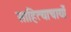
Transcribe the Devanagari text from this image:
साहित्याचार्यों